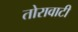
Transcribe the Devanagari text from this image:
तोरावाटी